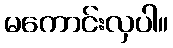
မကောင်းလှပါ။